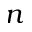
n